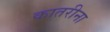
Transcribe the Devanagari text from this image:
कातरीना